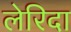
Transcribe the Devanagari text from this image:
लेरिदा